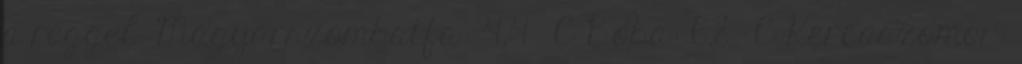
a reggel. Magyarszombatfa: 4,4 °C Boba: 6,8 °C Kercaszomor: